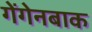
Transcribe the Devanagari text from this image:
गेंगेनबाक